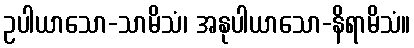
ဥပါယာသော-သာမိသံ၊ အနုပါယာသော-နိရာမိသံ။